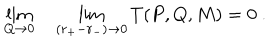
\lim _ { Q \rightarrow 0 } \quad \lim _ { ( r _ { + } - r _ { - } ) \rightarrow 0 } T ( P , Q , M ) = 0 \ .